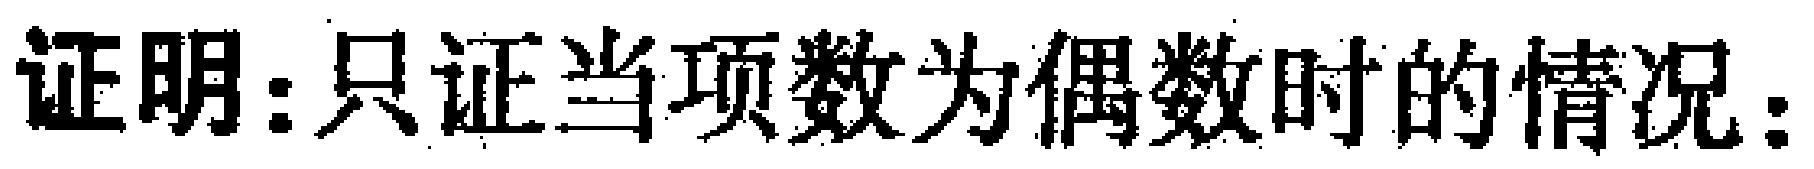
证明: 只证当项数为偶数时的情况: